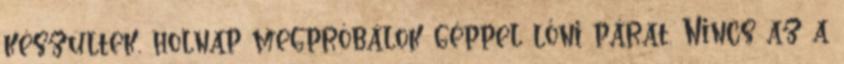
készültek, holnap megpróbálok géppel lőni párat. Nincs az a